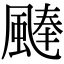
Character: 𩗴